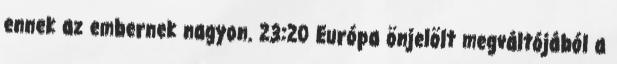
ennek az embernek nagyon. 23:20 Európa önjelölt megváltójából a